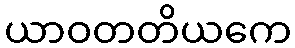
ယာဝတတိယကေ